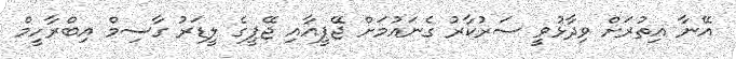
އޭނާ އިތުރަށް ވިދާޅުވީ ސަރުކާރު ގެނައުމަށް ޖޭޕީއާއި ޖޭޕީގެ ލީޑަރު ގާސިމް އިބްރާހީމް